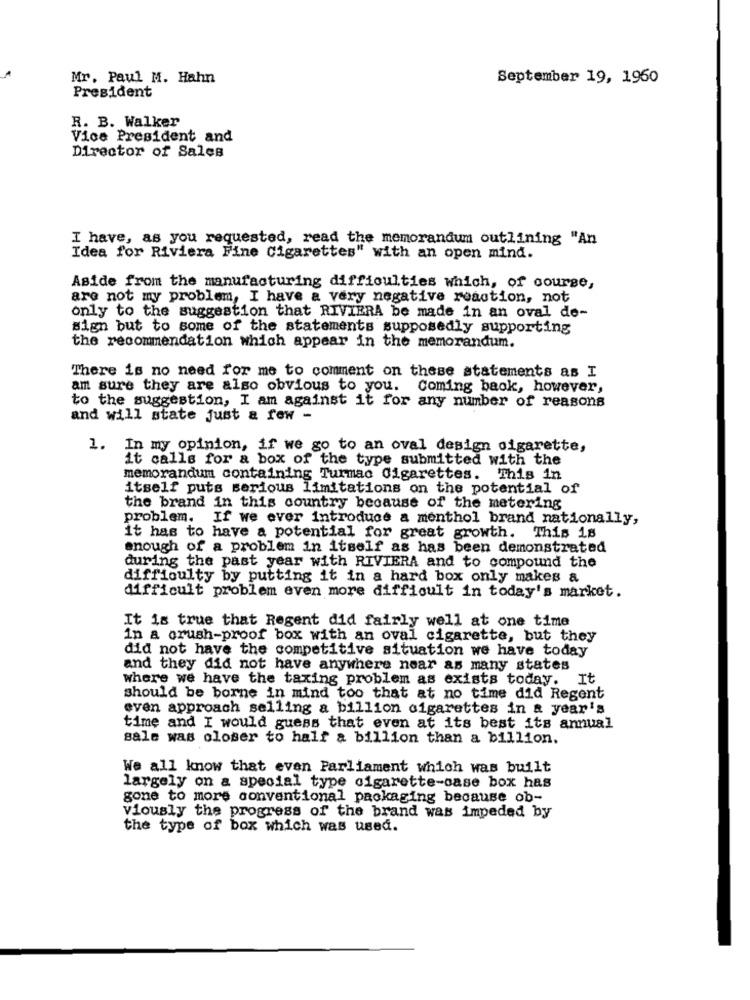
Mr. Paul M. Hahn
September 19, 1960
President
R. B. Walker
Vice President and
Director of Sales
I have, as you requested, read the memorandum outlining "An
Idea for Riviera Fine Cigarettes" with an open mind.
Aside from the manufacturing difficulties which, of course,
are not my problem, I have a very negative reaction, not
only to the suggestion that RIVIERA be made in an oval de-
sign but to some of the statements supposedly supporting
the recommendation which appear in the memorandum.
There is no need for me to comment on these statements as I
am sure they are also obvious to you. Coming back, however,
to the suggestion, I am against it for any number of reasons
and will state just a few -
1. In my opinion, if we go to an oval design cigarette,
it calls for a box of the type submitted with the
memorandum containing Turmac Cigarettes. This in
itself puts serious limitations on the potential of
the brand in this country because of the metering
problem.
If we ever introduce a menthol brand nationally,
it has to have a potential for great growth. This 18
enough of a problem in itself as has been demonstrated
during the past year with RIVIERA and to compound the
difficulty by putting it in a hard box only makes a
difficult problem even more difficult in today's market.
It is true that Regent did fairly well at one time
in a crush-proof box with an oval cigarette, but they
did not have the competitive situation we have today
and they did not have anywhere near as many states
where we have the taxing problem as exists today.
It
should be borne in mind too that at no time did Regent
even approach selling a billion cigarettes in & year's
time and I would guess that even at its best its annual
sale was oloser to half a billion than a billion.
We all know that even Parliament which was built
largely on a special type cigarette-case box has
gone to more conventional packaging because ob-
viously the progress of the brand was impeded by
the type of box which was used.